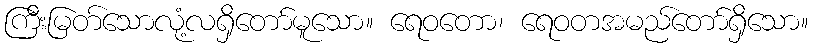
ကြီးမြတ်သောလုံ့လရှိတော်မူသော။ ရေဝတော၊ ရေဝတအမည်တော်ရှိသော။